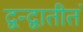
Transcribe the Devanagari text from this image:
द्वन्द्वातीतं